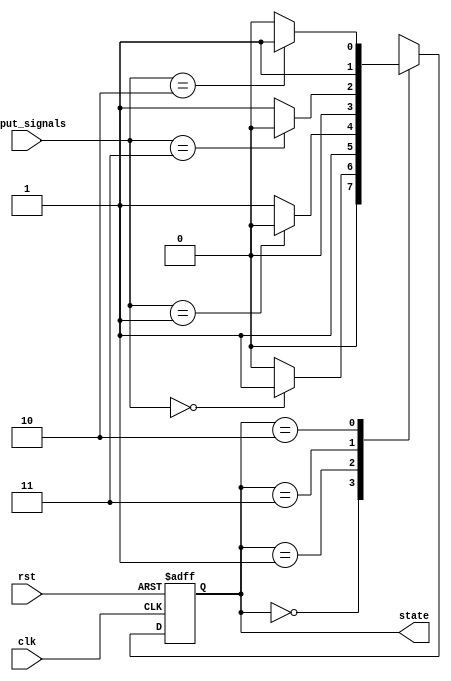
module gray_code_state_machine (
    input clk,
    input rst,
    input [1:0] input_signals,
    output reg [1:0] state
);

// Define states using Gray Code state encoding
parameter S0 = 2'b00;
parameter S1 = 2'b01;
parameter S2 = 2'b11;
parameter S3 = 2'b10;

// Define transition logic
always @ (posedge clk or posedge rst) begin
    if (rst) begin
        state <= S0;
    end else begin
        case (state)
            S0: begin
                if (input_signals == 2'b00) begin
                    state <= S1;
                end else begin
                    state <= S0;
                end
            end
            S1: begin
                if (input_signals == 2'b01) begin
                    state <= S3;
                end else begin
                    state <= S2;
                end
            end
            S2: begin
                if (input_signals == 2'b11) begin
                    state <= S0;
                end else begin
                    state <= S1;
                end
            end
            S3: begin
                if (input_signals == 2'b10) begin
                    state <= S2;
                end else begin
                    state <= S3;
                end
            end
        endcase
    end
end

endmodule